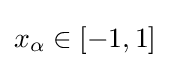
x_{\alpha }\in [-1,1]